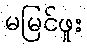
မမြင်ဖူး